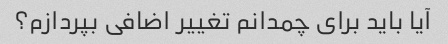
آیا باید برای چمدانم تغییر اضافی بپردازم؟